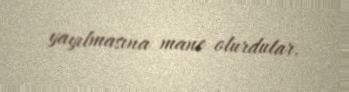
yayılmasına mane olurdular.